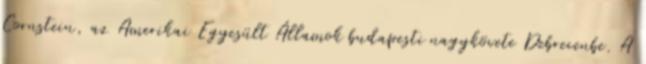
Cornstein, az Amerikai Egyesült Államok budapesti nagykövete Debrecenbe. A